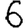
Digit: 6